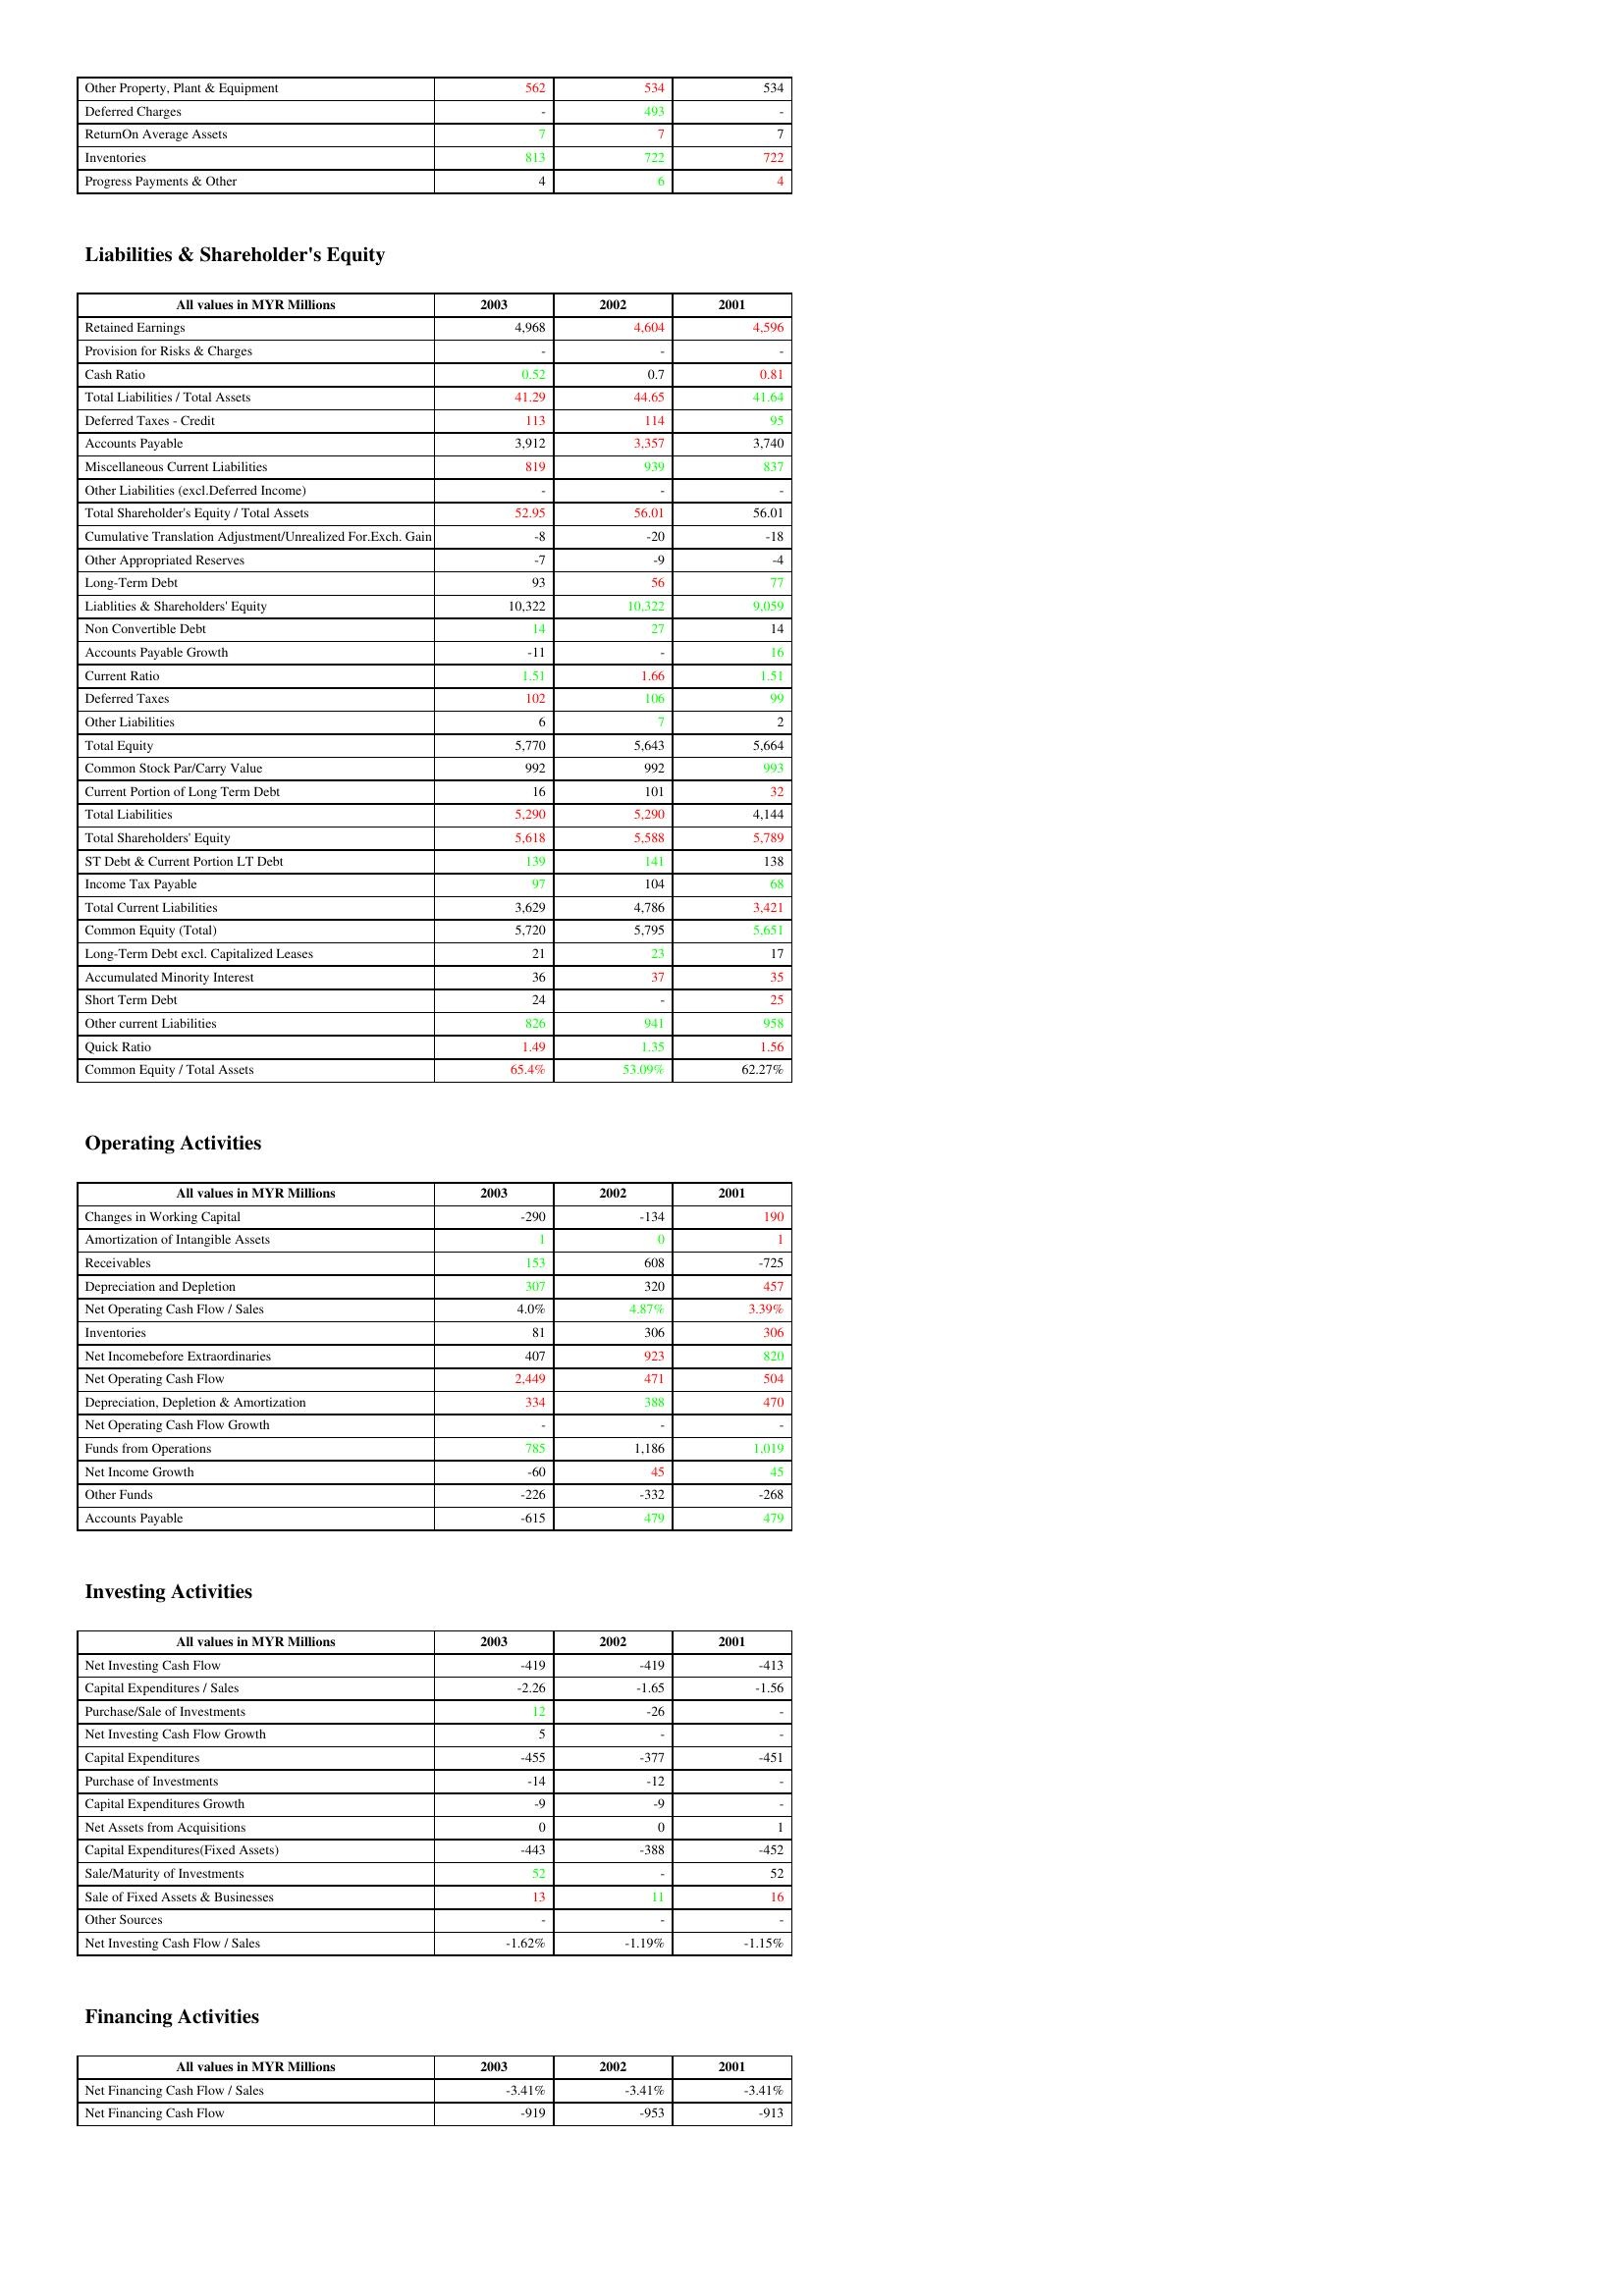
gt_parse: 2003: Assets: Other Property, Plant & Equipment: 562
Deferred Charges: -
ReturnOn Average Assets: 7
Inventories: 813
Progress Payments & Other: 4
Liabilities & Shareholder's Equity: Retained Earnings: 4,968
Provision for Risks & Charges: -
Cash Ratio: 0.52
Total Liabilities / Total Assets: 41.29
Deferred Taxes - Credit: 113
Accounts Payable: 3,912
Miscellaneous Current Liabilities: 819
Other Liabilities (excl.Deferred Income): -
Total Shareholder's Equity / Total Assets: 52.95
Cumulative Translation Adjustment/Unrealized For.Exch. Gain: -8
Other Appropriated Reserves: -7
Long-Term Debt: 93
Liablities & Shareholders' Equity: 10,322
Non Convertible Debt: 14
Accounts Payable Growth: -11
Current Ratio: 1.51
Deferred Taxes: 102
Other Liabilities: 6
Total Equity: 5,770
Common Stock Par/Carry Value: 992
Current Portion of Long Term Debt: 16
Total Liabilities: 5,290
Total Shareholders' Equity: 5,618
ST Debt & Current Portion LT Debt: 139
Income Tax Payable: 97
Total Current Liabilities: 3,629
Common Equity (Total): 5,720
Long-Term Debt excl. Capitalized Leases: 21
Accumulated Minority Interest: 36
Short Term Debt: 24
Other current Liabilities: 826
Quick Ratio: 1.49
Common Equity / Total Assets: 65.4%
Operating Activities: Changes in Working Capital: -290
Amortization of Intangible Assets: 1
Receivables: 153
Depreciation and Depletion: 307
Net Operating Cash Flow / Sales: 4.0%
Inventories: 81
Net Incomebefore Extraordinaries: 407
Net Operating Cash Flow: 2,449
Depreciation, Depletion & Amortization: 334
Net Operating Cash Flow Growth: -
Funds from Operations: 785
Net Income Growth: -60
Other Funds: -226
Accounts Payable: -615
Investing Activities: Net Investing Cash Flow: -419
Capital Expenditures / Sales: -2.26
Purchase/Sale of Investments: 12
Net Investing Cash Flow Growth: 5
Capital Expenditures: -455
Purchase of Investments: -14
Capital Expenditures Growth: -9
Net Assets from Acquisitions: 0
Capital Expenditures(Fixed Assets): -443
Sale/Maturity of Investments: 52
Sale of Fixed Assets & Businesses: 13
Other Sources: -
Net Investing Cash Flow / Sales: -1.62%
Financing Activities: Net Financing Cash Flow / Sales: -3.41%
Net Financing Cash Flow: -919
2002: Assets: Other Property, Plant & Equipment: 534
Deferred Charges: 493
ReturnOn Average Assets: 7
Inventories: 722
Progress Payments & Other: 6
Liabilities & Shareholder's Equity: Retained Earnings: 4,604
Provision for Risks & Charges: -
Cash Ratio: 0.7
Total Liabilities / Total Assets: 44.65
Deferred Taxes - Credit: 114
Accounts Payable: 3,357
Miscellaneous Current Liabilities: 939
Other Liabilities (excl.Deferred Income): -
Total Shareholder's Equity / Total Assets: 56.01
Cumulative Translation Adjustment/Unrealized For.Exch. Gain: -20
Other Appropriated Reserves: -9
Long-Term Debt: 56
Liablities & Shareholders' Equity: 10,322
Non Convertible Debt: 27
Accounts Payable Growth: -
Current Ratio: 1.66
Deferred Taxes: 106
Other Liabilities: 7
Total Equity: 5,643
Common Stock Par/Carry Value: 992
Current Portion of Long Term Debt: 101
Total Liabilities: 5,290
Total Shareholders' Equity: 5,588
ST Debt & Current Portion LT Debt: 141
Income Tax Payable: 104
Total Current Liabilities: 4,786
Common Equity (Total): 5,795
Long-Term Debt excl. Capitalized Leases: 23
Accumulated Minority Interest: 37
Short Term Debt: -
Other current Liabilities: 941
Quick Ratio: 1.35
Common Equity / Total Assets: 53.09%
Operating Activities: Changes in Working Capital: -134
Amortization of Intangible Assets: 0
Receivables: 608
Depreciation and Depletion: 320
Net Operating Cash Flow / Sales: 4.87%
Inventories: 306
Net Incomebefore Extraordinaries: 923
Net Operating Cash Flow: 471
Depreciation, Depletion & Amortization: 388
Net Operating Cash Flow Growth: -
Funds from Operations: 1,186
Net Income Growth: 45
Other Funds: -332
Accounts Payable: 479
Investing Activities: Net Investing Cash Flow: -419
Capital Expenditures / Sales: -1.65
Purchase/Sale of Investments: -26
Net Investing Cash Flow Growth: -
Capital Expenditures: -377
Purchase of Investments: -12
Capital Expenditures Growth: -9
Net Assets from Acquisitions: 0
Capital Expenditures(Fixed Assets): -388
Sale/Maturity of Investments: -
Sale of Fixed Assets & Businesses: 11
Other Sources: -
Net Investing Cash Flow / Sales: -1.19%
Financing Activities: Net Financing Cash Flow / Sales: -3.41%
Net Financing Cash Flow: -953
2001: Assets: Other Property, Plant & Equipment: 534
Deferred Charges: -
ReturnOn Average Assets: 7
Inventories: 722
Progress Payments & Other: 4
Liabilities & Shareholder's Equity: Retained Earnings: 4,596
Provision for Risks & Charges: -
Cash Ratio: 0.81
Total Liabilities / Total Assets: 41.64
Deferred Taxes - Credit: 95
Accounts Payable: 3,740
Miscellaneous Current Liabilities: 837
Other Liabilities (excl.Deferred Income): -
Total Shareholder's Equity / Total Assets: 56.01
Cumulative Translation Adjustment/Unrealized For.Exch. Gain: -18
Other Appropriated Reserves: -4
Long-Term Debt: 77
Liablities & Shareholders' Equity: 9,059
Non Convertible Debt: 14
Accounts Payable Growth: 16
Current Ratio: 1.51
Deferred Taxes: 99
Other Liabilities: 2
Total Equity: 5,664
Common Stock Par/Carry Value: 993
Current Portion of Long Term Debt: 32
Total Liabilities: 4,144
Total Shareholders' Equity: 5,789
ST Debt & Current Portion LT Debt: 138
Income Tax Payable: 68
Total Current Liabilities: 3,421
Common Equity (Total): 5,651
Long-Term Debt excl. Capitalized Leases: 17
Accumulated Minority Interest: 35
Short Term Debt: 25
Other current Liabilities: 958
Quick Ratio: 1.56
Common Equity / Total Assets: 62.27%
Operating Activities: Changes in Working Capital: 190
Amortization of Intangible Assets: 1
Receivables: -725
Depreciation and Depletion: 457
Net Operating Cash Flow / Sales: 3.39%
Inventories: 306
Net Incomebefore Extraordinaries: 820
Net Operating Cash Flow: 504
Depreciation, Depletion & Amortization: 470
Net Operating Cash Flow Growth: -
Funds from Operations: 1,019
Net Income Growth: 45
Other Funds: -268
Accounts Payable: 479
Investing Activities: Net Investing Cash Flow: -413
Capital Expenditures / Sales: -1.56
Purchase/Sale of Investments: -
Net Investing Cash Flow Growth: -
Capital Expenditures: -451
Purchase of Investments: -
Capital Expenditures Growth: -
Net Assets from Acquisitions: 1
Capital Expenditures(Fixed Assets): -452
Sale/Maturity of Investments: 52
Sale of Fixed Assets & Businesses: 16
Other Sources: -
Net Investing Cash Flow / Sales: -1.15%
Financing Activities: Net Financing Cash Flow / Sales: -3.41%
Net Financing Cash Flow: -913